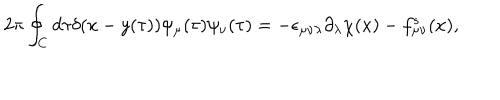
2 \pi \oint _ { C } d \tau \delta ( x - y ( \tau ) ) \psi _ { \mu } ( \tau ) \psi _ { \nu } ( \tau ) = - \epsilon _ { \mu \nu \lambda } \partial _ { \lambda } \chi ( x ) - f _ { \mu \nu } ^ { s } ( x ) ,